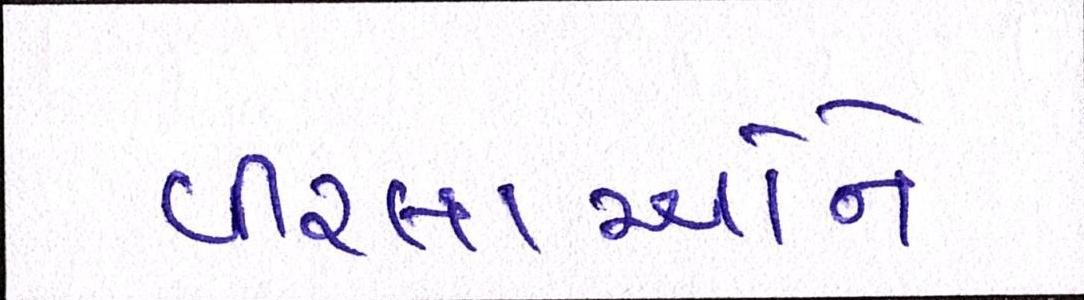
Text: વીરલાઓને